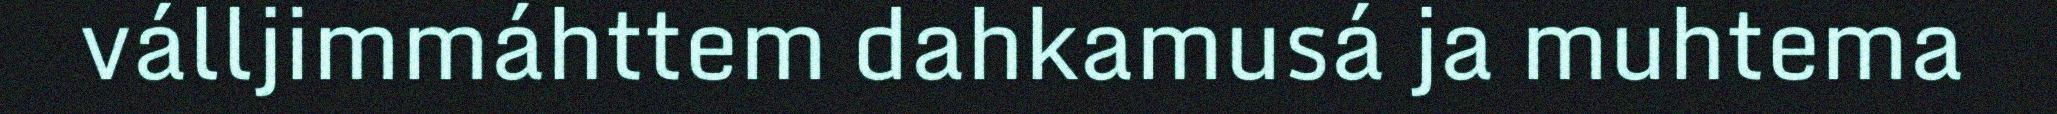
válljimmáhttem dahkamusá ja muhtema